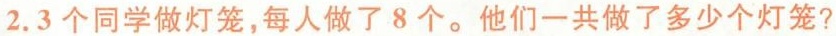
2.3个同学做灯笼，每人做了8个。他们一共做了多少个灯笼?